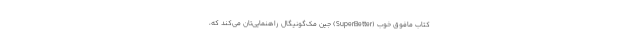
کتاب مافوق خوبِ (SuperBetter) جین مک‌گونیگال راهنمایی‌تان می‌کند که،